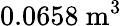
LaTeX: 0.0658\ \mathrm{m}^{3}